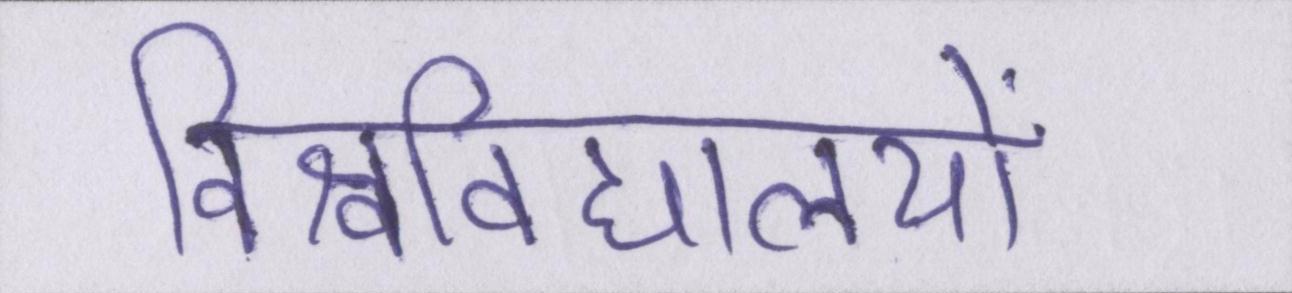
विश्वविद्यालयों